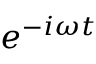
{ { e } ^ { - i \omega t } }